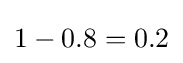
1-0.8=0.2